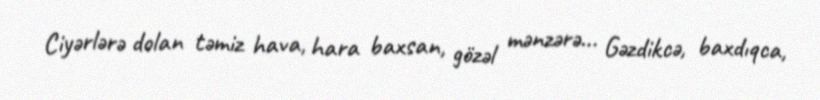
Ciyərlərə dolan təmiz hava, hara baxsan, gözəl mənzərə... Gəzdikcə, baxdıqca,